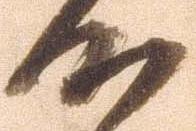
候